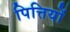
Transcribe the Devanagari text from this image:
पित्तियों